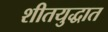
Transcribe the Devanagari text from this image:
शीतयुद्धात